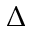
\Delta